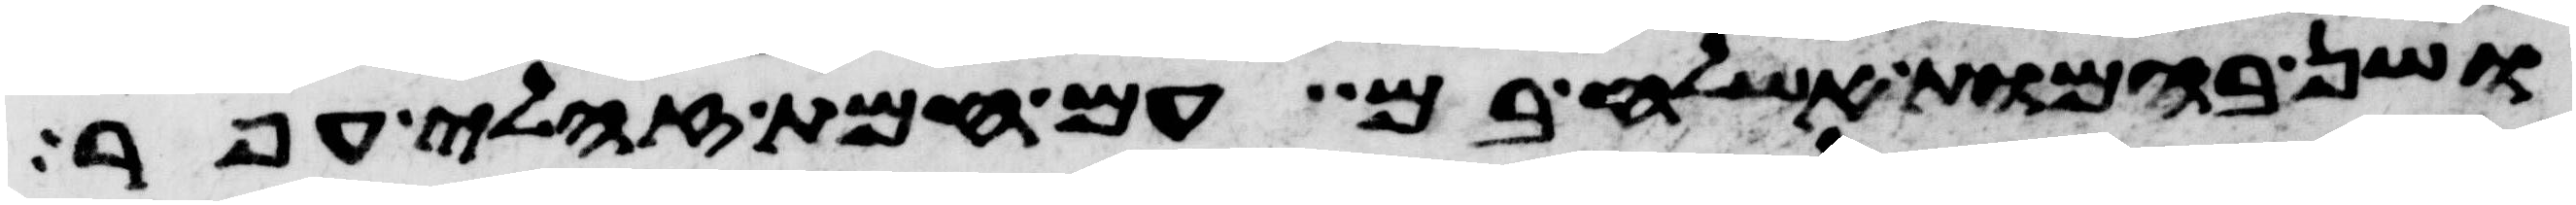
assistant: ושן בהמות אשלח בם עם חמת זחלי עפר